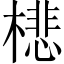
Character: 𣛥